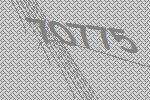
70775